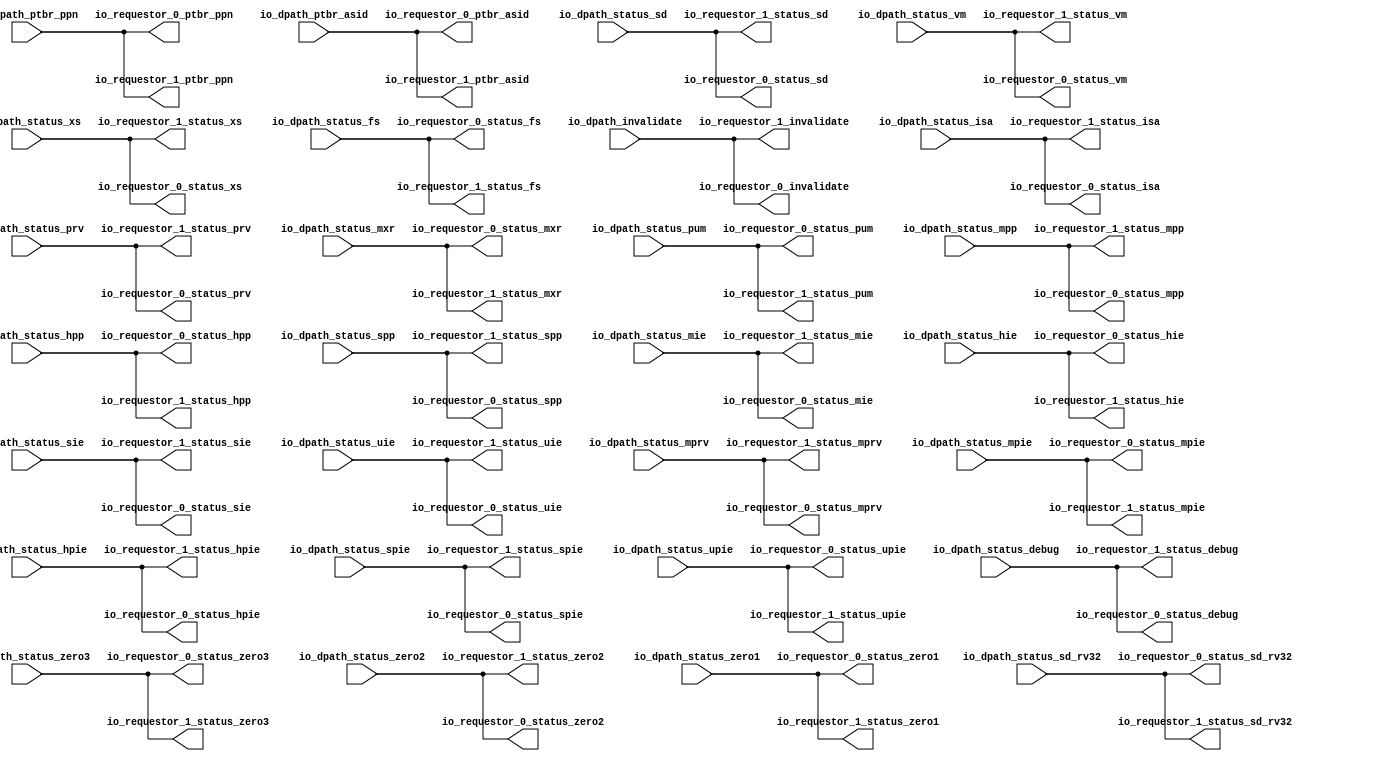
module dpath_wire_path(
	input [6:0] io_dpath_ptbr_asid,
	input [37:0] io_dpath_ptbr_ppn,
	input io_dpath_invalidate,
	input io_dpath_status_debug,
	input [31:0] io_dpath_status_isa,
	input [1:0] io_dpath_status_prv,
	input io_dpath_status_sd,
	input [30:0] io_dpath_status_zero3,
	input io_dpath_status_sd_rv32,
	input [1:0] io_dpath_status_zero2,
	input [4:0] io_dpath_status_vm,
	input [3:0] io_dpath_status_zero1,
	input io_dpath_status_mxr,
	input io_dpath_status_pum,
	input io_dpath_status_mprv,
	input [1:0] io_dpath_status_xs,
	input [1:0] io_dpath_status_fs,
	input [1:0] io_dpath_status_mpp,
	input [1:0] io_dpath_status_hpp,
	input io_dpath_status_spp,
	input io_dpath_status_mpie,
	input io_dpath_status_hpie,
	input io_dpath_status_spie,
	input io_dpath_status_upie,
	input io_dpath_status_mie,
	input io_dpath_status_hie,
	input io_dpath_status_sie,
	input io_dpath_status_uie,

	output [6:0] io_requestor_0_ptbr_asid,
	output [37:0] io_requestor_0_ptbr_ppn,
	output io_requestor_0_invalidate,
	output io_requestor_0_status_debug,
	output [31:0] io_requestor_0_status_isa,
	output [1:0] io_requestor_0_status_prv,
	output io_requestor_0_status_sd,
	output [30:0] io_requestor_0_status_zero3,
	output io_requestor_0_status_sd_rv32,
	output [1:0] io_requestor_0_status_zero2,
	output [4:0] io_requestor_0_status_vm,
	output [3:0] io_requestor_0_status_zero1,
	output io_requestor_0_status_mxr,
	output io_requestor_0_status_pum,
	output io_requestor_0_status_mprv,
	output [1:0] io_requestor_0_status_xs,
	output [1:0] io_requestor_0_status_fs,
	output [1:0] io_requestor_0_status_mpp,
	output [1:0] io_requestor_0_status_hpp,
	output io_requestor_0_status_spp,
	output io_requestor_0_status_mpie,
	output io_requestor_0_status_hpie,
	output io_requestor_0_status_spie,
	output io_requestor_0_status_upie,
	output io_requestor_0_status_mie,
	output io_requestor_0_status_hie,
	output io_requestor_0_status_sie,
	output io_requestor_0_status_uie,

	output [6:0] io_requestor_1_ptbr_asid,
	output [37:0] io_requestor_1_ptbr_ppn,
	output io_requestor_1_invalidate,
	output io_requestor_1_status_debug,
	output [31:0] io_requestor_1_status_isa,
	output [1:0] io_requestor_1_status_prv,
	output io_requestor_1_status_sd,
	output [30:0] io_requestor_1_status_zero3,
	output io_requestor_1_status_sd_rv32,
	output [1:0] io_requestor_1_status_zero2,
	output [4:0] io_requestor_1_status_vm,
	output [3:0] io_requestor_1_status_zero1,
	output io_requestor_1_status_mxr,
	output io_requestor_1_status_pum,
	output io_requestor_1_status_mprv,
	output [1:0] io_requestor_1_status_xs,
	output [1:0] io_requestor_1_status_fs,
	output [1:0] io_requestor_1_status_mpp,
	output [1:0] io_requestor_1_status_hpp,
	output io_requestor_1_status_spp,
	output io_requestor_1_status_mpie,
	output io_requestor_1_status_hpie,
	output io_requestor_1_status_spie,
	output io_requestor_1_status_upie,
	output io_requestor_1_status_mie,
	output io_requestor_1_status_hie,
	output io_requestor_1_status_sie,
	output io_requestor_1_status_uie
	);

	assign io_requestor_0_ptbr_asid 		= io_dpath_ptbr_asid; 
	assign io_requestor_0_ptbr_ppn 			= io_dpath_ptbr_ppn;
	assign io_requestor_0_invalidate 		= io_dpath_invalidate;
	assign io_requestor_0_status_debug 		= io_dpath_status_debug;
	assign io_requestor_0_status_isa 		= io_dpath_status_isa;
	assign io_requestor_0_status_prv 		= io_dpath_status_prv;
	assign io_requestor_0_status_sd 		= io_dpath_status_sd;
	assign io_requestor_0_status_zero3 		= io_dpath_status_zero3;
	assign io_requestor_0_status_sd_rv32 	= io_dpath_status_sd_rv32;
	assign io_requestor_0_status_zero2 		= io_dpath_status_zero2;
	assign io_requestor_0_status_vm 		= io_dpath_status_vm;
	assign io_requestor_0_status_zero1 		= io_dpath_status_zero1;
	assign io_requestor_0_status_mxr 		= io_dpath_status_mxr;
	assign io_requestor_0_status_pum 		= io_dpath_status_pum;
	assign io_requestor_0_status_mprv 		= io_dpath_status_mprv;
	assign io_requestor_0_status_xs 		= io_dpath_status_xs;
	assign io_requestor_0_status_fs 		= io_dpath_status_fs;
	assign io_requestor_0_status_mpp 		= io_dpath_status_mpp;
	assign io_requestor_0_status_hpp 		= io_dpath_status_hpp;
	assign io_requestor_0_status_spp 		= io_dpath_status_spp;
	assign io_requestor_0_status_mpie 		= io_dpath_status_mpie;
	assign io_requestor_0_status_hpie 		= io_dpath_status_hpie;
	assign io_requestor_0_status_spie 		= io_dpath_status_spie;
	assign io_requestor_0_status_upie 		= io_dpath_status_upie;
	assign io_requestor_0_status_mie 		= io_dpath_status_mie;
	assign io_requestor_0_status_hie 		= io_dpath_status_hie;
	assign io_requestor_0_status_sie 		= io_dpath_status_sie;
	assign io_requestor_0_status_uie 		= io_dpath_status_uie;

	assign io_requestor_1_ptbr_asid 		= io_dpath_ptbr_asid; 
	assign io_requestor_1_ptbr_ppn 			= io_dpath_ptbr_ppn;
	assign io_requestor_1_invalidate 		= io_dpath_invalidate;
	assign io_requestor_1_status_debug 		= io_dpath_status_debug;
	assign io_requestor_1_status_isa 		= io_dpath_status_isa;
	assign io_requestor_1_status_prv 		= io_dpath_status_prv;
	assign io_requestor_1_status_sd 		= io_dpath_status_sd;
	assign io_requestor_1_status_zero3 		= io_dpath_status_zero3;
	assign io_requestor_1_status_sd_rv32 	= io_dpath_status_sd_rv32;
	assign io_requestor_1_status_zero2 		= io_dpath_status_zero2;
	assign io_requestor_1_status_vm 		= io_dpath_status_vm;
	assign io_requestor_1_status_zero1 		= io_dpath_status_zero1;
	assign io_requestor_1_status_mxr 		= io_dpath_status_mxr;
	assign io_requestor_1_status_pum 		= io_dpath_status_pum;
	assign io_requestor_1_status_mprv 		= io_dpath_status_mprv;
	assign io_requestor_1_status_xs 		= io_dpath_status_xs;
	assign io_requestor_1_status_fs 		= io_dpath_status_fs;
	assign io_requestor_1_status_mpp 		= io_dpath_status_mpp;
	assign io_requestor_1_status_hpp 		= io_dpath_status_hpp;
	assign io_requestor_1_status_spp 		= io_dpath_status_spp;
	assign io_requestor_1_status_mpie 		= io_dpath_status_mpie;
	assign io_requestor_1_status_hpie 		= io_dpath_status_hpie;
	assign io_requestor_1_status_spie 		= io_dpath_status_spie;
	assign io_requestor_1_status_upie 		= io_dpath_status_upie;
	assign io_requestor_1_status_mie 		= io_dpath_status_mie;
	assign io_requestor_1_status_hie 		= io_dpath_status_hie;
	assign io_requestor_1_status_sie 		= io_dpath_status_sie;
	assign io_requestor_1_status_uie 		= io_dpath_status_uie;
	 
endmodule